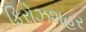
ફિરોઝશહર